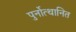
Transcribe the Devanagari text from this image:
पुर्नोत्थानित